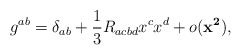
\begin{align*}g^{ab} = \delta _{ab} + \frac{1}{3} R_{acbd} x^{c} x^{d} + o({\mathbf{x^{2}}}),\end{align*}